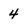
Character: 4